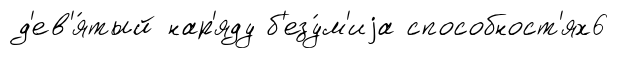
д'ев'я́тый нар'яду б'езу́м'иjа способност'ях6